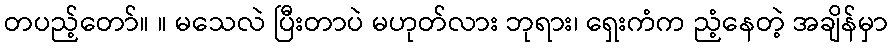
တပည့်တော်။ ။ မသေလဲ ပြီးတာပဲ မဟုတ်လား ဘုရား၊ ရှေးကံက ညံ့နေတဲ့ အချိန်မှာ